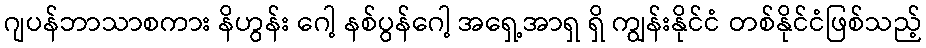
ဂျပန်ဘာသာစကား နိဟွန်း ဂေါ့ နစ်ပွန်ဂေါ့ အရှေ့အာရှ ရှိ ကျွန်းနိုင်ငံ တစ်နိုင်ငံဖြစ်သည့်